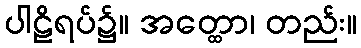
ပါဠိရပ်၌။ အတ္ထော၊ တည်း။